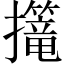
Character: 𢹈